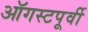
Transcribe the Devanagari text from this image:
ऑगस्टपूर्वी